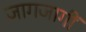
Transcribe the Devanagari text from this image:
जागजागीं